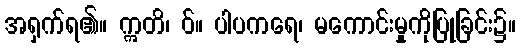
အရှက်ရ၏။ ဣတိ၊ ဝ်။ ပါပကရေ၊ မကောင်းမှုကိုပြုခြင်း၌။